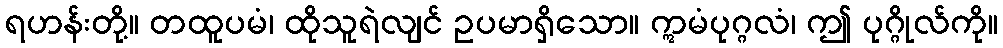
ရဟန်းတို့။ တထူပမံ၊ ထိုသူရဲလျင် ဥပမာရှိသော။ ဣမံပုဂ္ဂလံ၊ ဤ ပုဂ္ဂိုလ်ကို။